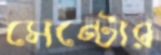
সেন্টোর